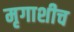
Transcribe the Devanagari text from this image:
मृगाशीच